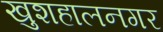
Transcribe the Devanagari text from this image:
खुशहालनगर